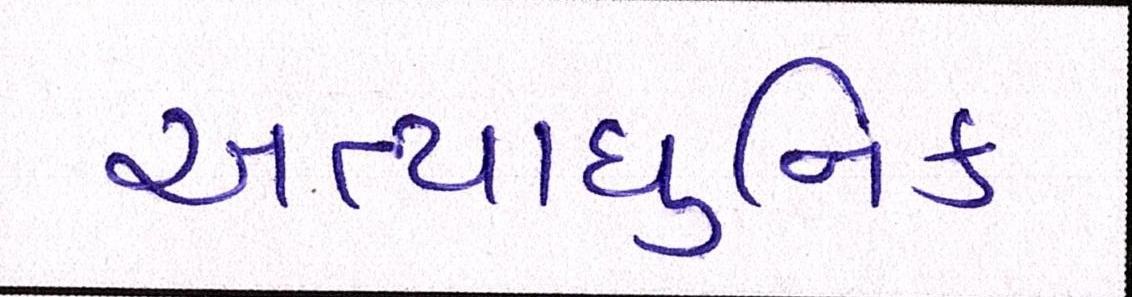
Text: અત્યાધુનિક